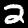
Label: 2